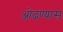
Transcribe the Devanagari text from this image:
ओढण्यास